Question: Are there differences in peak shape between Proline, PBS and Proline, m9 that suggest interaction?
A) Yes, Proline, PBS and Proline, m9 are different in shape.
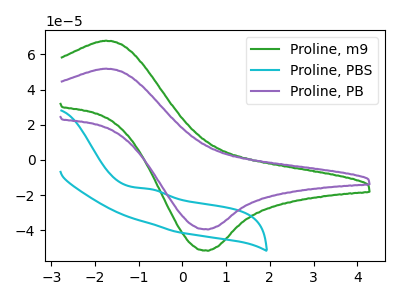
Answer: <think>The green curve "Proline, m9" has an anodic peak at (-1.75V, 67.75uA) and a cathodic peak at (0.60V, -51.60uA). The cyan curve "Proline, PBS" has an anodic peak at: (-0.75V, -16.55uA). The purple curve "Proline, PB" has an anodic peak at (-1.75V, 51.85uA) and a cathodic peak at (0.60V, -39.50uA).
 "Proline, PBS" and "Proline, m9" have a different number of peaks.</think>
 <answer>A) Yes, "Proline, PBS" and "Proline, m9" are different in shape.</answer>
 <eval>A</eval>